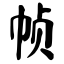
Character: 帧